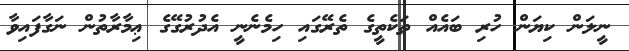
ނީލަން ކިޔަން ހުރި ބައެއް ތަކެތީގެ ތެރޭގައި ހިމެނެނީ އެދުރުގޭގެ ޢިމާރާތުން ނަގާފައިވާ